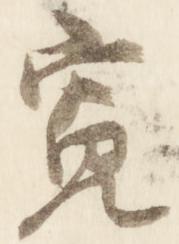
寛